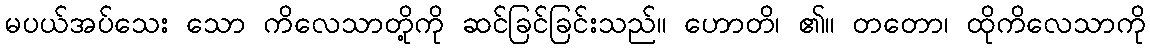
မပယ်အပ်သေး သော ကိလေသာတို့ကို ဆင်ခြင်ခြင်းသည်။ ဟောတိ၊ ၏။ တတော၊ ထိုကိလေသာကို